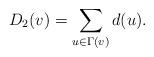
LaTeX: \begin{align*}D_2(v) = \sum _{u \in \Gamma(v)} d(u).\end{align*}